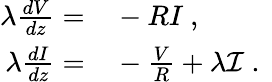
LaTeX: \begin{array}{rl}{\lambda\frac{dV}{dz}=}&{{}-RI\mathrm{~,~}}\\ {\lambda\frac{dI}{dz}=}&{{}-\frac{V}{R}+\lambda\mathcal{I}\mathrm{~.~}}\end{array}